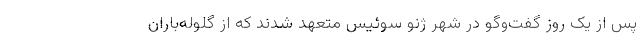
پس از یک روز گفت‌وگو در شهر ژنو سوئیس متعهد شدند که از گلوله‌باران